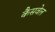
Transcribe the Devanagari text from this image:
कैसवेल